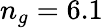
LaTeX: n_{g}=6.1